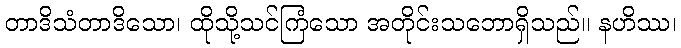
တာဒိသံတာဒိသော၊ ထိုသို့သင်ကြံသော အတိုင်းသဘောရှိသည်။ နဟိဿ၊